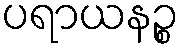
ပရာယနဉ္စ